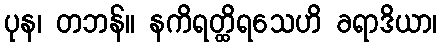
ပုန၊ တဘန်။ နကိရတ္ထိရသေဟိ ခရာဒိယာ၊